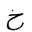
Letter: _kha